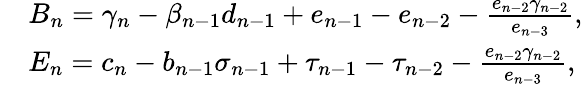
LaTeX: \begin{array}{rl}&{B_{n}=\gamma_{n}-\beta_{n-1}d_{n-1}+e_{n-1}-e_{n-2}-\frac{e_{n-2}\gamma_{n-2}}{e_{n-3}},}\\ &{E_{n}=c_{n}-b_{n-1}\sigma_{n-1}+\tau_{n-1}-\tau_{n-2}-\frac{e_{n-2}\gamma_{n-2}}{e_{n-3}},}\end{array}